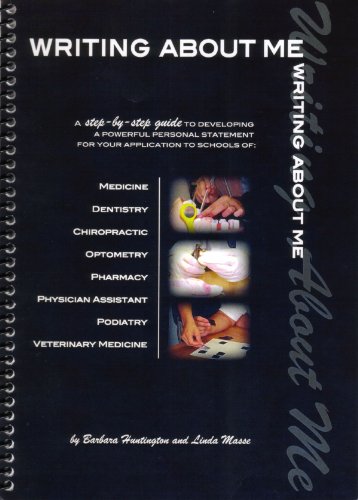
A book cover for Writing about me: A step by step method to creating a powerful personal statement for schools of medicine, dentistry, chiropractic, pharmacy, PA,optometry, podiatry, veterinary medicine; Barbara Huntington; Medical Books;